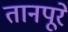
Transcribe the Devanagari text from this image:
तानपूरे